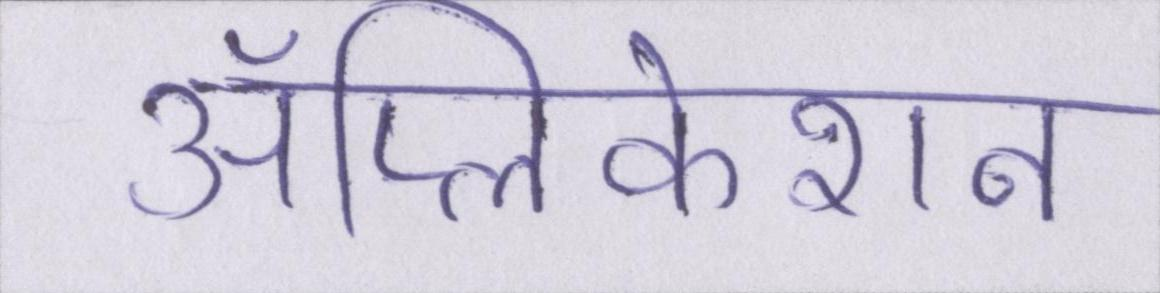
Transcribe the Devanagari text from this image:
ॲप्लिकेशन